Papers set at the Examination for Leaving Certificates, 1890
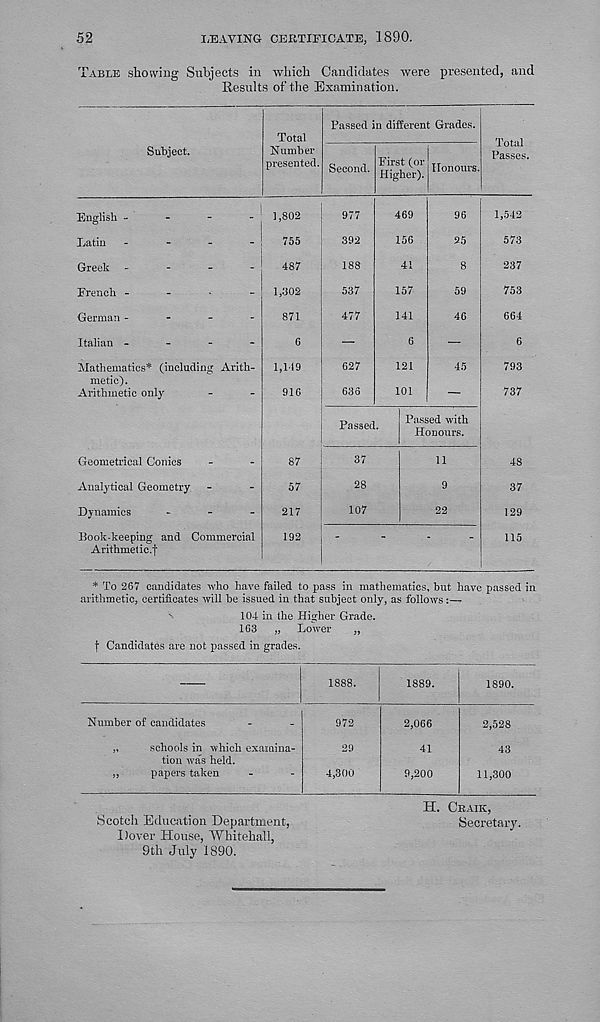
52
LEAVING CEETIEICATE, 1890.
?able showing Subjects in which Candidates were presented, and
Results of the Examination.
Subject.
Total
Number
presented.
Passed in different Grades.
Second.
English -
-
-
-
Latin -
-
-
-
Greek -
-
-
-
Trench -
-
-
-
German -
-
-
-
Italian -
-
-
-
Mathematics* (including Arith-
metic).
Arithmetic only
Geometrical Conics
Analytical Geometry
Dynamics
.
Book-keeping and Commercial
Arithmetic.f
1,802
755
487
1,802
871
6
1,119
916
87
57
217
192
977
392
188
537
477
627
636
First (or
Higher).
469
156
41
157
141
6
121
101
Honours.
Total
Passes.
96
95
8
59
46
45
Passed.
Passed with
Honours.
37
28
107
11
9
22
1,542
573
237
753
664
6
793
737
48
37
129
115
* To 267 candidates who have failed to pass in mathematics, but have passed in
arithmetic, certificates will be issued in that subject only, as follows:—
'
104 in the Higher Grade.
163 „ Lower „
f Candidates are not passed in grades.
1888.
1889.
1890.
Number of candidates
schools in which examina-
tion was held,
papers taken
972
29
4,300
2,066
41
9,200
2,528
43
11,300
Scotch Education Department,
Dover House, Whitehall,
9th July 1890.
H. Cbaik,
Secretary.